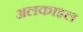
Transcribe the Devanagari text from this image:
अलकाइल